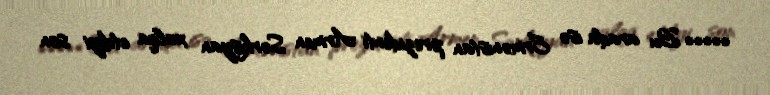
***** Bu arada isə Ermənistan prezidenti Armen Sərkisyan xalqa etdiyi son